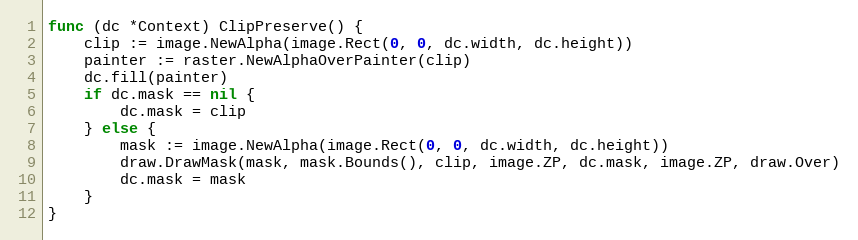
Language: Go
func (dc *Context) ClipPreserve() {
	clip := image.NewAlpha(image.Rect(0, 0, dc.width, dc.height))
	painter := raster.NewAlphaOverPainter(clip)
	dc.fill(painter)
	if dc.mask == nil {
		dc.mask = clip
	} else {
		mask := image.NewAlpha(image.Rect(0, 0, dc.width, dc.height))
		draw.DrawMask(mask, mask.Bounds(), clip, image.ZP, dc.mask, image.ZP, draw.Over)
		dc.mask = mask
	}
}